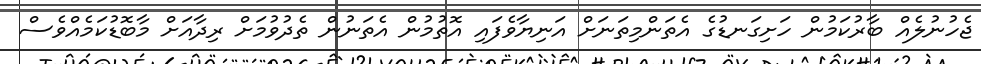
ޖެހުނުލެއް ބާރުކަމުން ހަށިގަނޑުގެ އެތަންމިތަނަށް އަނިޔާވެފައި އޮތުމުން އެތަނުން ތެދުވުމަށް ރިދާއަށް މާބޮޑުކަމެއްވެސް